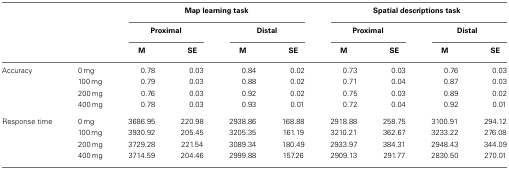
|  |  | <COLSPAN=4> Map learning task | <COLSPAN=4> Spatial descriptions task |
 |  |  | <COLSPAN=2> Proximal | <COLSPAN=2> Distal | <COLSPAN=2> Proximal | <COLSPAN=2> Distal |
 |  |  | M | SE | M | SE | M | SE | M | SE |
 | --- | --- | --- | --- | --- | --- | --- | --- | --- | --- |
 | Accuracy | 0 mg | 0.78 | 0.03 | 0.84 | 0.02 | 0.73 | 0.03 | 0.76 | 0.03 |
 |  | 100 mg | 0.79 | 0.03 | 0.88 | 0.02 | 0.71 | 0.04 | 0.87 | 0.03 |
 |  | 200 mg | 0.76 | 0.03 | 0.92 | 0.02 | 0.75 | 0.03 | 0.89 | 0.02 |
 |  | 400 mg | 0.78 | 0.03 | 0.93 | 0.01 | 0.72 | 0.04 | 0.92 | 0.01 |
 | Response time | 0 mg | 3686.95 | 220.98 | 2938.86 | 168.88 | 2918.88 | 258.75 | 3100.91 | 294.12 |
 |  | 100 mg | 3930.92 | 205.45 | 3205.35 | 161.19 | 3210.21 | 362.67 | 3233.22 | 276.08 |
 |  | 200 mg | 3729.28 | 221.54 | 3089.34 | 180.49 | 2933.97 | 384.31 | 2948.43 | 344.09 |
 |  | 400 mg | 3714.59 | 204.46 | 2999.88 | 157.26 | 2909.13 | 291.77 | 2830.50 | 270.01 |